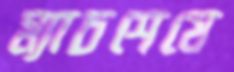
ম্যাচশেষে